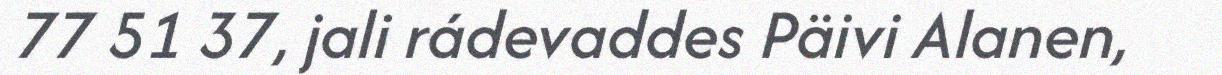
77 51 37, jali rádevaddes Päivi Alanen,